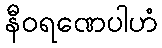
နီဝရဏေပါဟံ